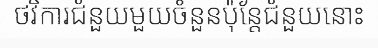
ថវិការជំនួយមួយចំនួនប៉ុន្តែជំនួយនោះ